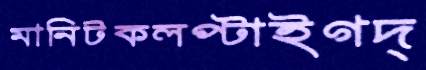
মানিটকলপ্‌টাইগদ্